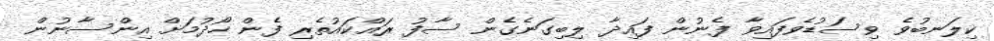
ކިލަނބުވެ ވިސަޑުވެފައިވާ ފެނުން ފައިދާ ލިބިގަނެގެން ސާފު ރައްކައުތެރި ފެން ހޯދުމަށް އިންސާނުން